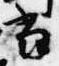
当